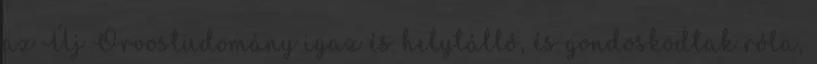
az Új Orvostudomány igaz és helytálló, és gondoskodtak róla,